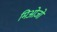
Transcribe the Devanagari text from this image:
मिओजो